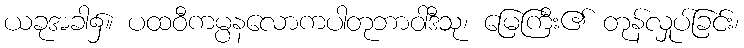
ယခုအခါ၌။ ပထဝီကမ္ပနလောကပါတုဘာဝါဒီသု၊ မြေကြီး၏ တုန်လှုပ်ခြင်း၊